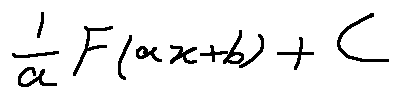
\frac { 1 } { a } F ( a x + b ) + C